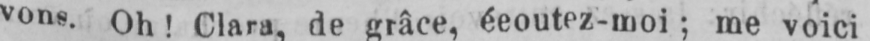
vons. Oh! Clara, de grâce, éeoutez-moi; me voici